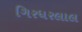
ગિરધરલાલ